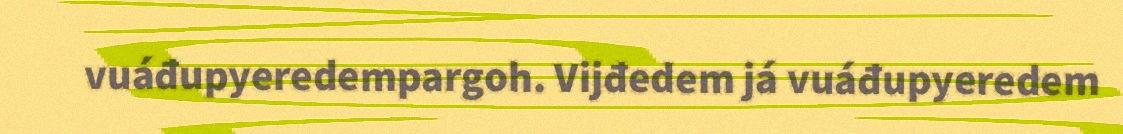
vuáđupyeredempargoh. Vijđedem já vuáđupyeredem